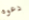
دعوه